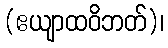
(ဧယျာထဝိဘတ်)၊